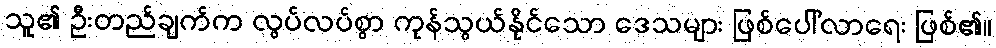
သူ၏ ဦးတည်ချက်က လွပ်လပ်စွာ ကုန်သွယ်နိုင်သော ဒေသများ ဖြစ်ပေါ်လာရေး ဖြစ်၏။